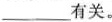
___有关。